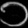
Digit: ၁